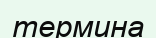
термина